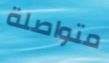
متواصلة